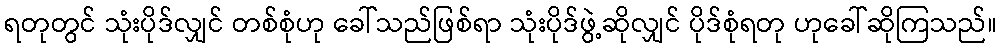
ရတုတွင် သုံးပိုဒ်လျှင် တစ်စုံဟု ခေါ်သည်ဖြစ်ရာ သုံးပိုဒ်ဖွဲ့ဆိုလျှင် ပိုဒ်စုံရတု ဟုခေါ်ဆိုကြသည်။